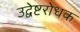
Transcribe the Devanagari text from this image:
उद्वेष्टरोधक